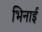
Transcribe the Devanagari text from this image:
भिनाई